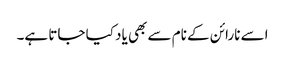
اسے نارائن کے نام سے بھی یاد کیا جاتا ہے۔